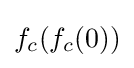
f_{c}(f_{c}(0))